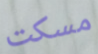
مسكت